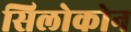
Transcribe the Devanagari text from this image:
सिलोकोन